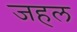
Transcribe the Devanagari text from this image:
जहल